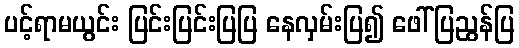
ပင့်ရာမယွင်း ပြင်းပြင်းပြပြ နေလှမ်းပြ၍ ဖေါ်ပြညွန်ပြ